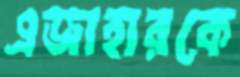
এজাহারকে